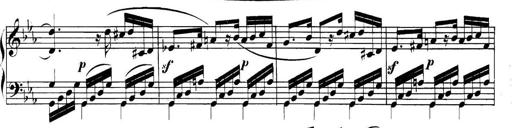
Title: Collected Piano Sonatas
Composer: Muzio Clementi